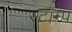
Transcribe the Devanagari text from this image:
स्टॉम्प